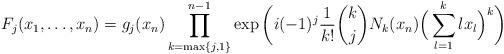
LaTeX: \begin{align*}F_j(x_1,\ldots,x_n) = g_j(x_n) \prod_{k=\max\{j,1\}}^{n-1} \exp\bigg(i(-1)^{j}\frac{1}{k!}\binom{k}{j}N_k(x_n)\Big(\sum_{l=1}^{k}l x_l\Big)^k\bigg)\end{align*}